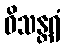
ဝိသန္တရံ